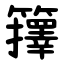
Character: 籜